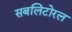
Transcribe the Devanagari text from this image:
सबलिटोरल